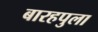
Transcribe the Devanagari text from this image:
बारहपुला